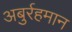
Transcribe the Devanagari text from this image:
अबुर्रहमान